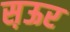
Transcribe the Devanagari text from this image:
स़ऊर